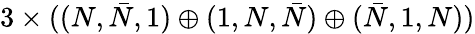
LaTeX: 3\times((N,\bar{N},1)\oplus(1,N,\bar{N})\oplus(\bar{N},1,N))